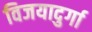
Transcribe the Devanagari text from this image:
विजयादुर्गा